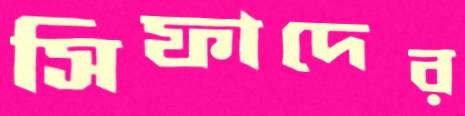
সিফাদের